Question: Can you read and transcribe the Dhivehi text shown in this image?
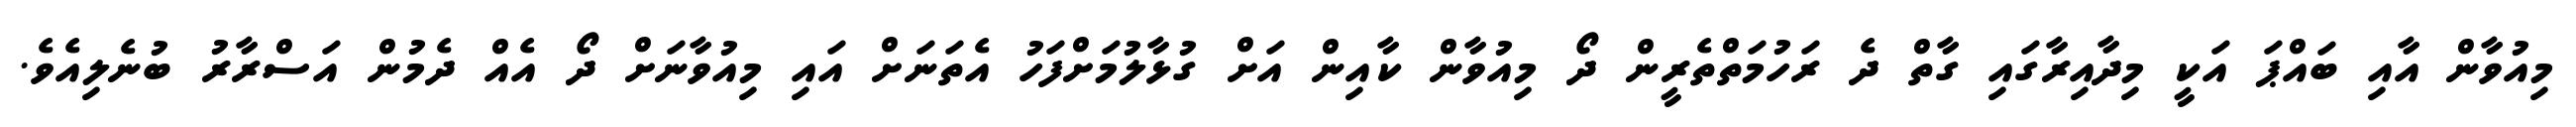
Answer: މިއުވާން އާއި ބައްޕަ އަކީ މިދާއިރާގައި ގާތް ދެ ރަހުމަތްތެރީން ދޯ މިއުވާން ކާއިން އަށް ގުޅާލުމަށްފަހު އެތަނަށް އައި މިއުވާނަށް ދޯ އެއް ދެމުން އަސްރާރު ބުނެލިއެވެ.